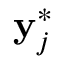
\mathbf { y } _ { j } ^ { * }